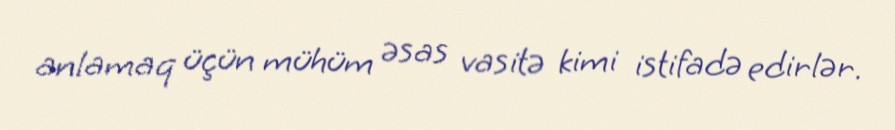
anlamaq üçün mühüm əsas vasitə kimi istifadə edirlər.